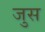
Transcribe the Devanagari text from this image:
जुस